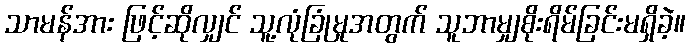
သာမန်အား ဖြင့်ဆိုလျှင် သူ့လုံခြုံမှုအတွက် သူဘာမျှစိုးရိမ်ခြင်းမရှိခဲ့။